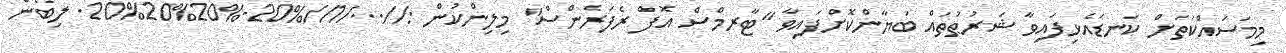
މިމަސައްކަތަށް ކަނޑައެޅިފައިވާ ޝަރުޠުތައް ބަޔާންކޮށްފައިވާ "ޓާރމްސް އޮފް ރެފަރެންސް" މިލިންކުން ://.../1//%20-%20%20%20. ލިބެން